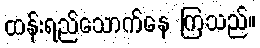
ထန်းရည်သောက်နေ ကြသည်။